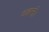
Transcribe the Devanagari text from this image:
दक्कनी।